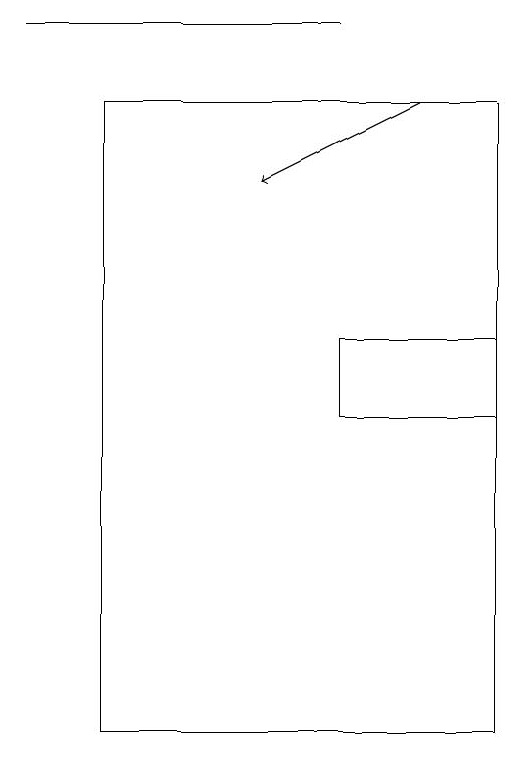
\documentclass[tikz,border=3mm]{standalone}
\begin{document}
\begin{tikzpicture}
\draw (7,19) rectangle (3,19);
\draw (4,18) rectangle (9,10);
\draw (9,15) rectangle (7,14);
\draw[->] (8,18) -- (6,17);
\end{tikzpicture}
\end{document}